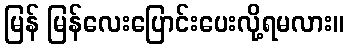
မြန် မြန်လေးပြောင်းပေးလို့ရမလား။